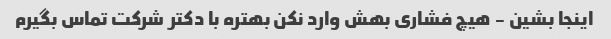
اینجا بشین - هیچ فشاری بهش وارد نکن بهتره با دکتر شرکت تماس بگیرم